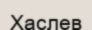
Хаслев